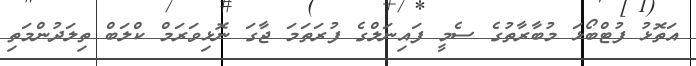
އަތޮޅު ފުޓްބޯޅަ މުބާރާތުގެ ސެމީ ފައިނަލްގެ ފުރަތަމަ ޖާގަ ނޮޅިވަރަމް ކްލަބް ތިލަދުންމަތި